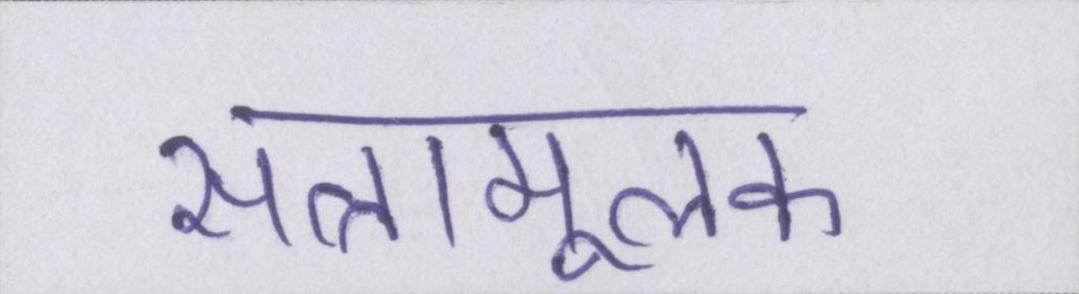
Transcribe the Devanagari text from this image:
सत्तामूलक